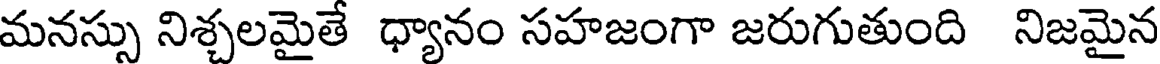
మనస్సు నిశ్చలమైతే ధ్యానం సహజంగా జరుగుతుంది నిజమైన